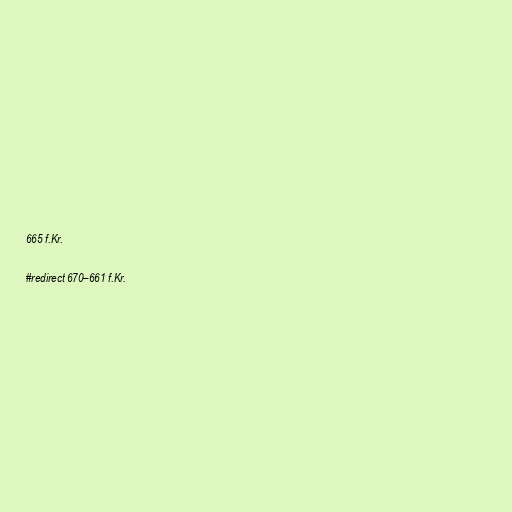
665 f.Kr.

#redirect 670–661 f.Kr.